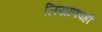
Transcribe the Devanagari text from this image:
लिखाणवही